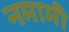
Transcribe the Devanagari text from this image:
नमामी